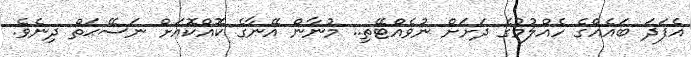
އެފަދަ ބައެއްގެ ހެއްލުމުގެ ދަށަށް ނުވެއްޓޭތި.. މުނާން އޭނާގެ ކޮއްކޮއަށް ނަސޭޙަތް ދިނެވެ.